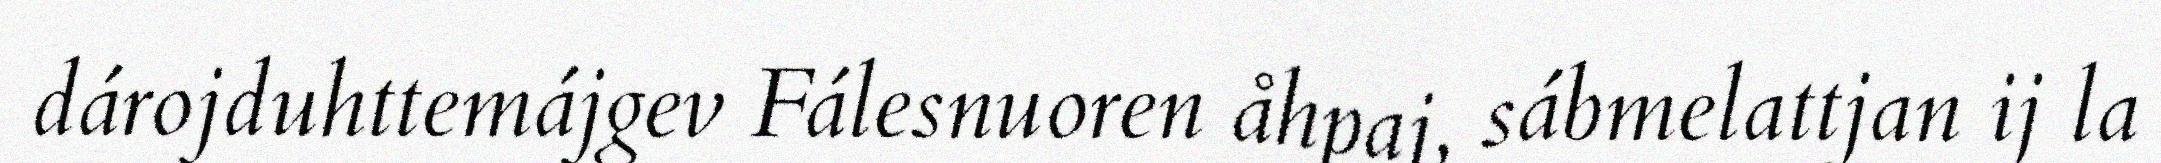
dárojduhttemájgev Fálesnuoren åhpaj, sábmelattjan ij la